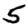
Digit: 5